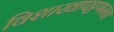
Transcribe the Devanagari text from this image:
विशाखापट्टणमया